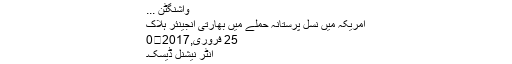
واشنگٹن ...
امریکہ میں نسل پرستانہ حملے میں بھارتی انجینئر ہلاک
25 فروری,2017	0
انٹر نیشنل ڈیسک۔